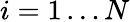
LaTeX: i=1\ldots N